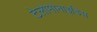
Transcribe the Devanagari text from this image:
टेलोमोनाइडिस